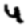
Digit: 4